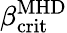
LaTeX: \beta_{\mathrm{crit}}^{\mathrm{MHD}}